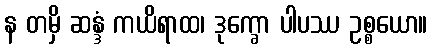
န တမှိ ဆန္ဒံ ကယိရာထ၊ ဒုက္ခော ပါပဿ ဥစ္စယော။